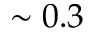
\sim 0 . 3